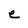
Character: e